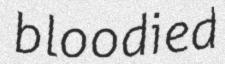
bloodied